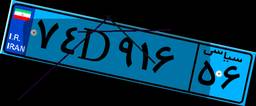
۷۴D۹۱۶۵۶